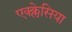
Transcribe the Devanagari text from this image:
एक्क्लेसिया